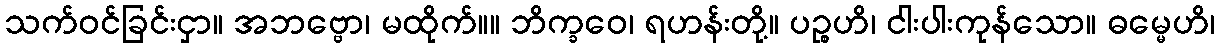
သက်ဝင်ခြင်းငှာ။ အဘဗ္ဗော၊ မထိုက်။။ ဘိက္ခဝေ၊ ရဟန်းတို့။ ပဉ္စဟိ၊ ငါးပါးကုန်သော။ ဓမ္မေဟိ၊